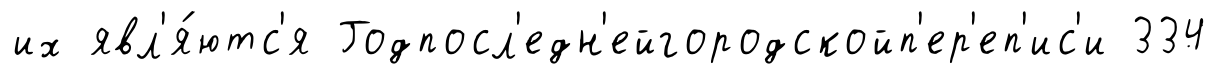
их явл'я́ютс'я Годпосл'едн'ейгородскойп'ер'еп'ис'и 334